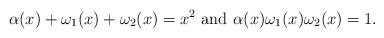
LaTeX: \begin{align*}\alpha(x)+\omega_{1}(x)+\omega_{2}(x)=x^{2}\ \textrm{and}\ \alpha(x)\omega_{1}(x)\omega_{2}(x)=1. \end{align*}